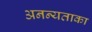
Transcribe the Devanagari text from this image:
अनन्यताका